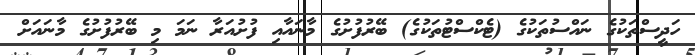
ހަދީސްތަކުގެ ނައްސުތަކުގެ (ޓެކްސްޓުތަކުގެ) ބޭރުފުށުގެ މާނައާއި ފުށުއަރާ ނަމަ މި ބޭރުފުށުގެ މާނައަށް